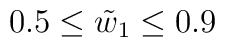
0.5 \le \tilde{w}_1 \le 0.9